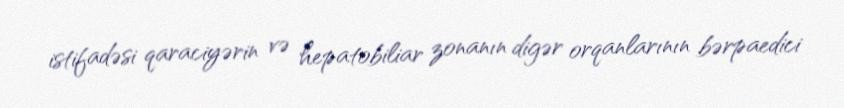
istifadəsi qaraciyərin və hepatobiliar zonanın digər orqanlarının bərpaedici